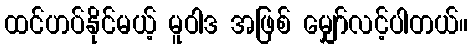
ထင်ဟပ်နိုင်မယ့် မူဝါဒ အဖြစ် မျှော်လင့်ပါတယ်။